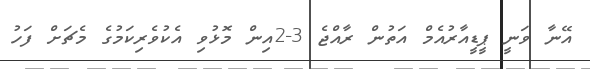
އޭނާ ވަނީ ޕީޑީއާރުއެމް އަތުން ރާއްޖެ 3-2އިން މޮޅުވި އެކުވެރިކަމުގެ މެޗަށް ފަހު